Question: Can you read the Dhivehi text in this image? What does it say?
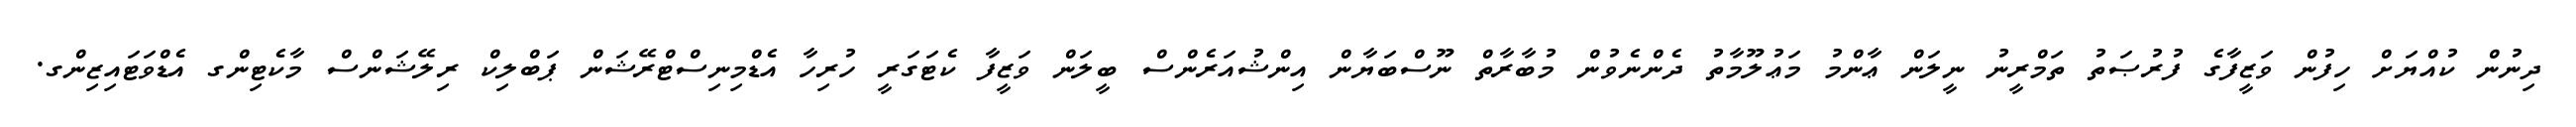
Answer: ދިނުން ކުއްޔަށް ހިފުން ވަޒީފާގެ ފުރުޞަތު ތަމްރީނު ނީލަން ޢާންމު މަޢުލޫމާތު ދެންނެވުން މުބާރާތް ނޫސްބަޔާން އިންޝުއަރެންސް ބީލަން ވަޒީފާ ކެޓަގަރީ ހުރިހާ އެޑްމިނިސްޓްރޭޝަން ޕަބްލިކް ރިލޭޝަންސް މާކެޓިންގ އެޑްވަޓައިޒިންގ.